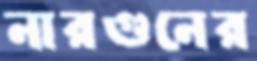
নারগুনের